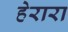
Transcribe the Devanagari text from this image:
हेरारा